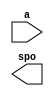
module XmaskROM(
	a,
	spo);


input [5 : 0] a;
output [31 : 0] spo;

// synthesis translate_off

      DIST_MEM_GEN_V5_1 #(
		.C_ADDR_WIDTH(6),
		.C_DEFAULT_DATA("0"),
		.C_DEPTH(64),
		.C_FAMILY("virtex5"),
		.C_HAS_CLK(0),
		.C_HAS_D(0),
		.C_HAS_DPO(0),
		.C_HAS_DPRA(0),
		.C_HAS_I_CE(0),
		.C_HAS_QDPO(0),
		.C_HAS_QDPO_CE(0),
		.C_HAS_QDPO_CLK(0),
		.C_HAS_QDPO_RST(0),
		.C_HAS_QDPO_SRST(0),
		.C_HAS_QSPO(0),
		.C_HAS_QSPO_CE(0),
		.C_HAS_QSPO_RST(0),
		.C_HAS_QSPO_SRST(0),
		.C_HAS_SPO(1),
		.C_HAS_SPRA(0),
		.C_HAS_WE(0),
		.C_MEM_INIT_FILE("XmaskROM.mif"),
		.C_MEM_TYPE(0),
		.C_PARSER_TYPE(1),
		.C_PIPELINE_STAGES(0),
		.C_QCE_JOINED(0),
		.C_QUALIFY_WE(0),
		.C_READ_MIF(1),
		.C_REG_A_D_INPUTS(0),
		.C_REG_DPRA_INPUT(0),
		.C_SYNC_ENABLE(1),
		.C_WIDTH(32))
	inst (
		.A(a),
		.SPO(spo),
		.D(),
		.DPRA(),
		.SPRA(),
		.CLK(),
		.WE(),
		.I_CE(),
		.QSPO_CE(),
		.QDPO_CE(),
		.QDPO_CLK(),
		.QSPO_RST(),
		.QDPO_RST(),
		.QSPO_SRST(),
		.QDPO_SRST(),
		.DPO(),
		.QSPO(),
		.QDPO());


// synthesis translate_on

// XST black box declaration
// box_type "black_box"
// synthesis attribute box_type of XmaskROM is "black_box"

endmodule